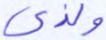
ولذي